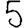
Digit: 5